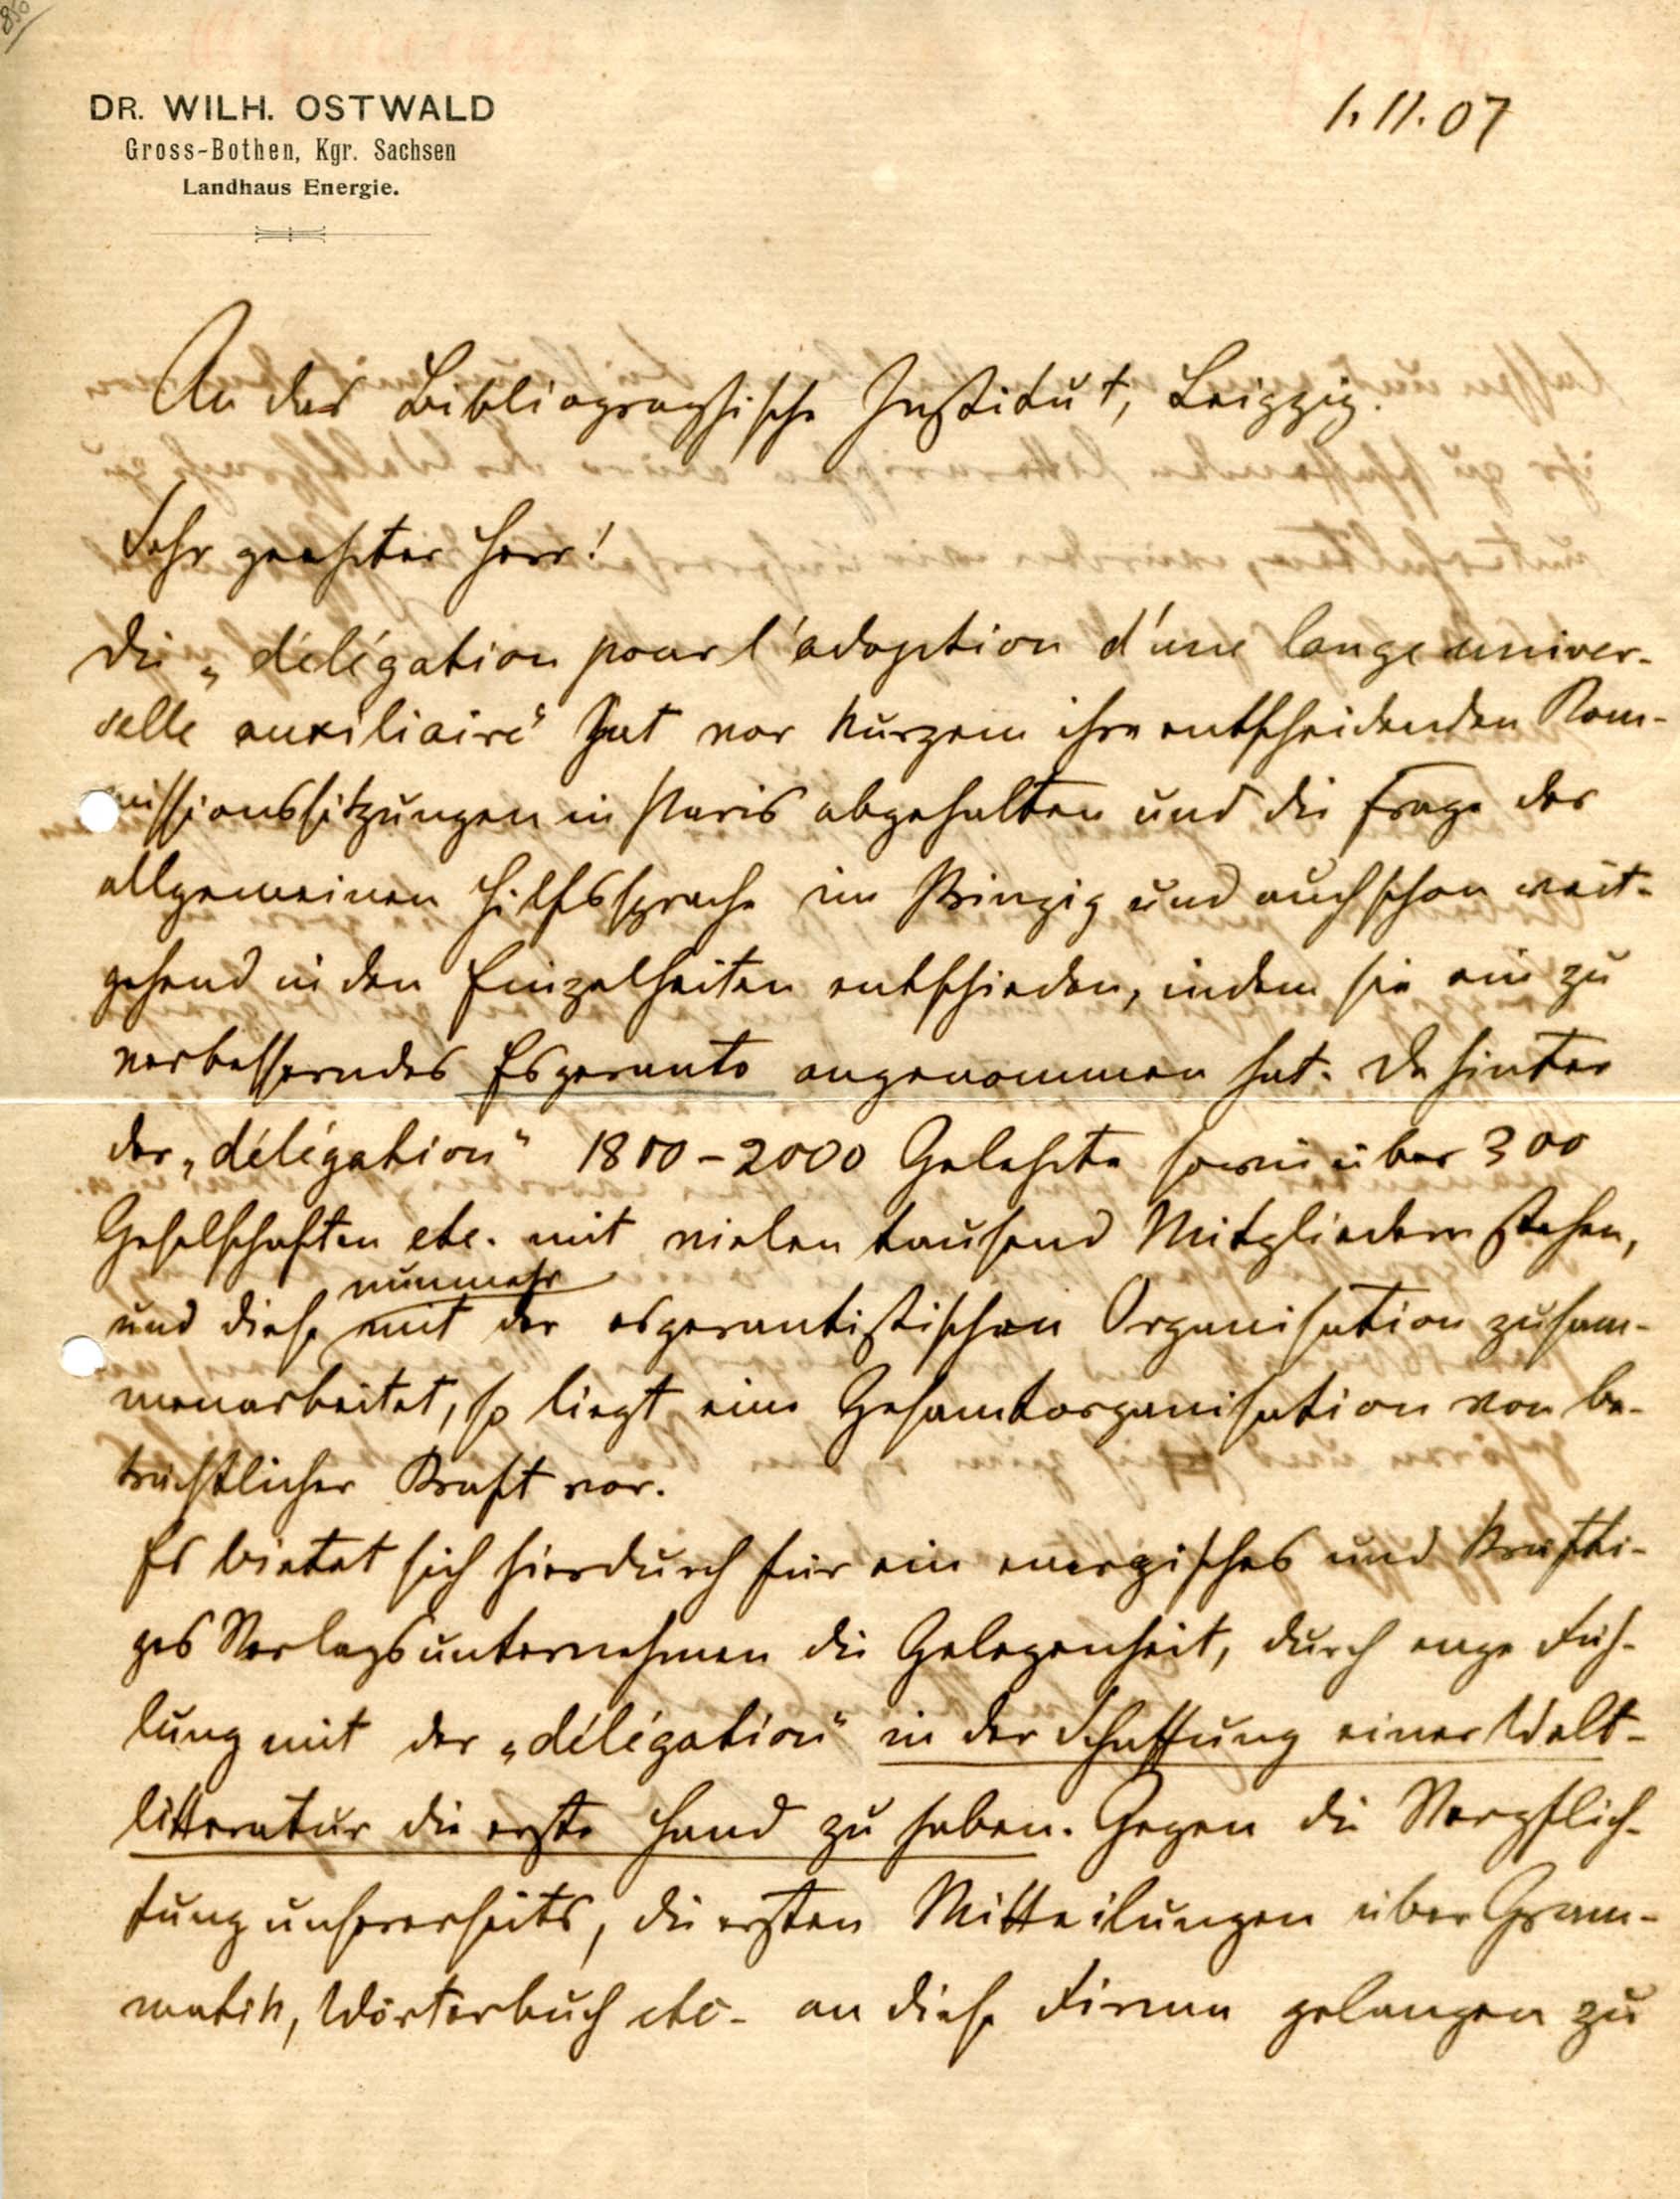
1.11.07

DR. WILH. OSTWALD
Gross-Bothen, Kgr. Sachsen
Landhaus Energie.

An das bibliographische Institut, Leipzig.
Sehr geehrter Herr!
Die "délégation pour l'adoption d'une lange univer¬
selle auxiliaire" hat vor kurzem ihre entscheidenden Kom¬
missionssitzungen in Paris abgehalten und die Frage der
allgemeinen Hilfssprache im Prinzip und auch schon weit¬
gehend in den Einzelheiten entschieden, indem sie ein zu
verbesserndes Esperanto angenommen hat. Da hinter
der "délégation" 1800-2000 Gelehrte sowie über 300
Geselschaften etc. mit vielen tausend Mitgliedern stehen,
und diese nunmehr mit der esperantistischen Organisation zusam¬
menarbeitet, so liegt eine Gesamtorganisation von be¬
trächtlicher Kraft vor.
Es bietet sich hierdurch für ein energisches und kräfti¬
ges Verlagsunternehmen die Gelegenheit, durch enge Füh¬
lung mit der "délégation" in der Schaffung einer Welt¬
litteratur die erste Hand zu haben. Gegen die Verpflich¬
tung unsererseits, die ersten Mitteilungen über Gram¬
matik, Wörterbuch etc. an diese Firma gelangen zu